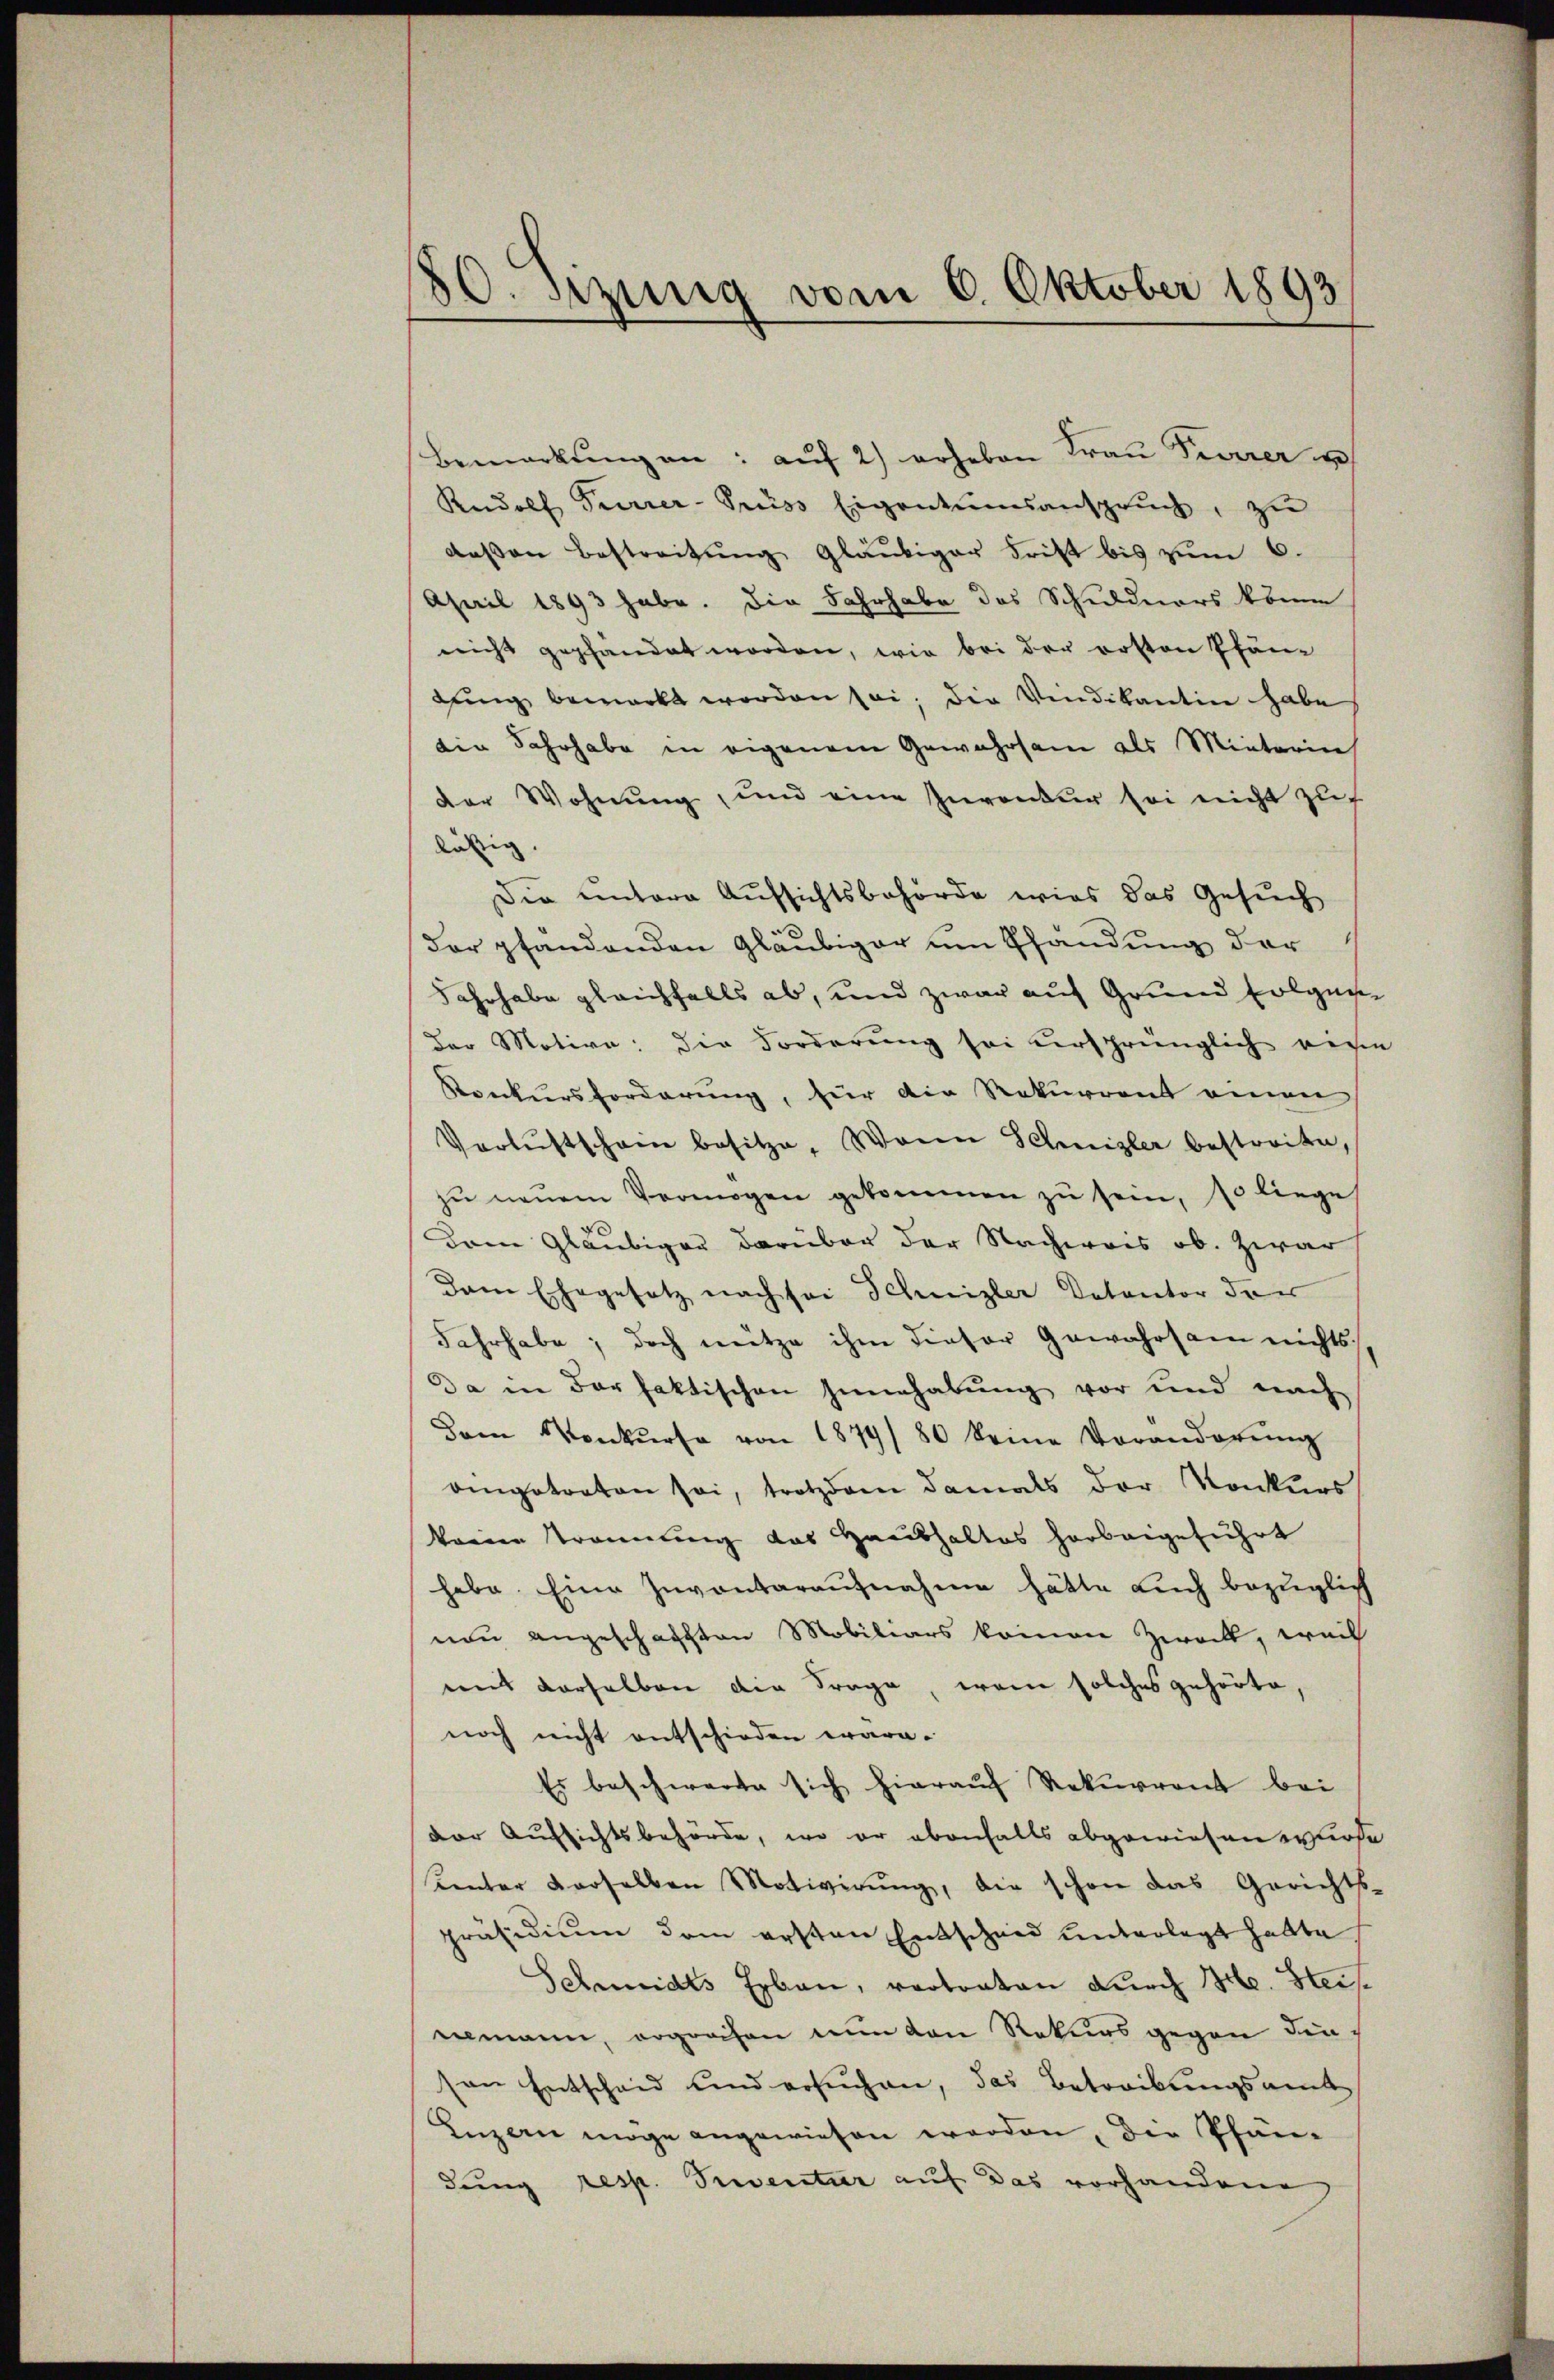
80. Sitzung vom 6. Oktober 1893

Bemerkŭng an: aŭf 2) erheben Fraŭ Peuerer u
Rudolf Furrer-Prüss Eigentumsansprŭch, zu
deβen Bestreitŭng gläubiger Frist bis zŭm 6.
April 1893 habe. Die Fahrhabe des Schuldners könne
nicht gepfandat worden, wie bei der ersten Pfän-
dung bemerkt worden sei; die Vindikantin habe
die Fahrhabe in eigenem Gewahrsam als Mieterin
der Wohnŭng, und eine Inventur sei nicht zŭ
läsig
Die untere Aufsichtsbehörde wies das Gesuch
der pfandenden Gläubiger um Pfandung der
Fahrhabe gleichfalls ab, und zwar auf Grund folgun
Der Motive: die Forderung sei versprünglich eine
Konkursforderung, für die Rekurrent einen
Verlustscham besitze, Wann Schnizler bestreite,
zŭ neŭen Vermögen gekommen zŭ sein, so liege
Dem Gläubiger darüber der Nachweis ob. Zwar
Dem Ehegesetz nach sei Schnizler Detentor der
Fahrhabe; doch nütze ihm dieser Gewahrsam nichts
Da in der faktischen Zinnhabung vor und nach
Dam Konkurse von 1874/80 keine Voranderŭng
oingetreten sei, trotzdem damals der Konkurs
keinen trennung das Haushaltes herbeigeführt
habe. Eine Inventaraufnahme hätte auch bezüglich
nen angeschaften Mobiliars kommen Zweck, weil
mit derselben der Frage, wenn solches gehörte,
noch nicht entschieden wäre.
Es beschwerte sich hierauf Rekurrent bei
der Aufsichtsbehörde, wo er ebenfalls abgewiesen erhofe
Unter derselben Motivirung, die schon das Gerichts-
präsidium dem ersten Entscheid unterlegt hatte
Schmidts Erbau, vertraten durch Hr. Steiseemann, ergrechen nun den Rekurs gegen den
son Entscheid und ersŭchen, das Betreibungsamt
Luzern möge angewiesen worden, der Pfändung resp. Trientier auf das vorhandene